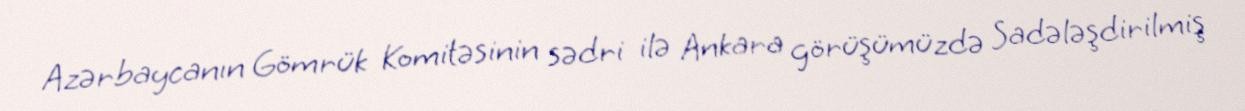
Azərbaycanın Gömrük Komitəsinin sədri ilə Ankara görüşümüzdə Sadələşdirilmiş